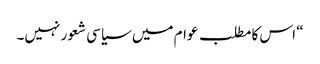
“ اس کا مطلب عوام میں سیاسی شعور نہیں۔